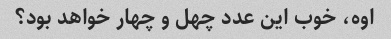
اوه، خوب این عدد چهل و چهار خواهد بود؟